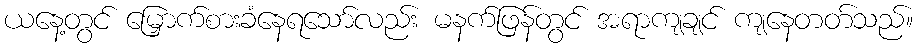
ယနေ့တွင် မြှောက်စားခံနေရသော်လည်း မနက်ဖြန်တွင် အရာကျချင် ကျနေတတ်သည်။